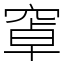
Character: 窧